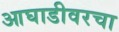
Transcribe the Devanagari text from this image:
आघाडीवरचा